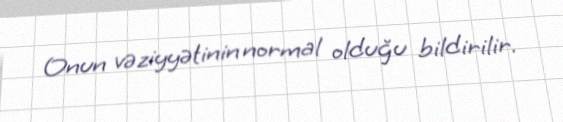
Onun vəziyyətinin normal olduğu bildirilir.